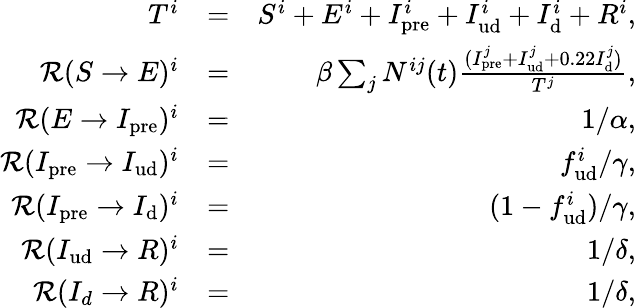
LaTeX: \begin{array}{rlr}{T^{i}}&{=}&{S^{i}+E^{i}+I_{\mathrm{pre}}^{i}+I_{\mathrm{ud}}^{i}+I_{\mathrm{d}}^{i}+R^{i},}\\ {\mathcal{R}(S\rightarrow E)^{i}}&{=}&{\beta\sum_{j}N^{ij}(t)\frac{(I_{\mathrm{pre}}^{j}+I_{\mathrm{ud}}^{j}+0.22I_{\mathrm{d}}^{j})}{T^{j}},}\\ {\mathcal{R}(E\rightarrow I_{\mathrm{pre}})^{i}}&{=}&{1/\alpha,}\\ {\mathcal{R}(I_{\mathrm{pre}}\rightarrow I_{\mathrm{ud}})^{i}}&{=}&{f_{\mathrm{ud}}^{i}/\gamma,}\\ {\mathcal{R}(I_{\mathrm{pre}}\rightarrow I_{\mathrm{d}})^{i}}&{=}&{(1-f_{\mathrm{ud}}^{i})/\gamma,}\\ {\mathcal{R}(I_{\mathrm{ud}}\rightarrow R)^{i}}&{=}&{1/\delta,}\\ {\mathcal{R}(I_{d}\rightarrow R)^{i}}&{=}&{1/\delta,}\end{array}